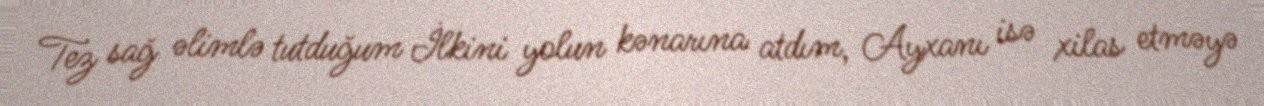
Tez sağ əlimlə tutduğum İlkini yolun kənarına atdım, Ayxanı isə xilas etməyə